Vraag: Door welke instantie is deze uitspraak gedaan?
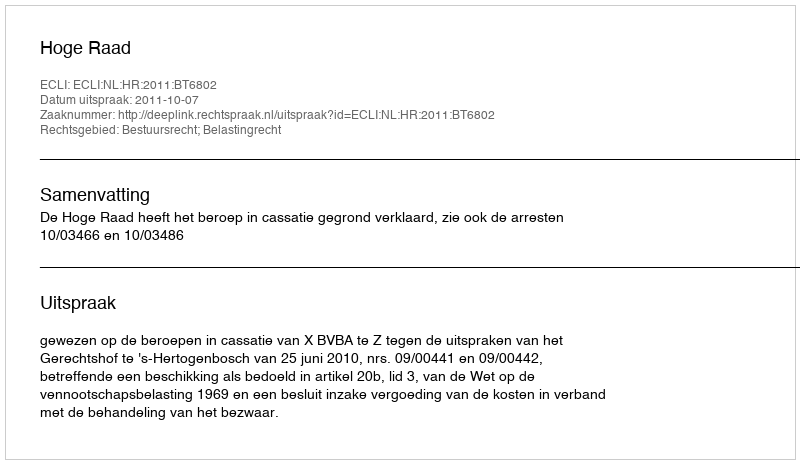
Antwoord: Hoge Raad